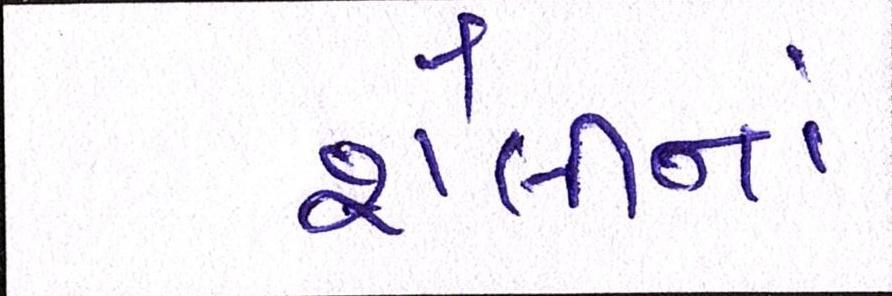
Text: શૈલીનાં